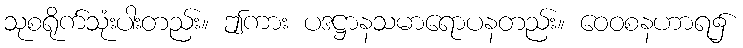
သုစရိုက်သုံးပါးတည်း။ ဤကား ပဒဋ္ဌာနသမာရောပနတည်း။ ဝေဝစနဟာရ၌